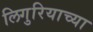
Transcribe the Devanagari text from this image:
लिगुरियाच्या